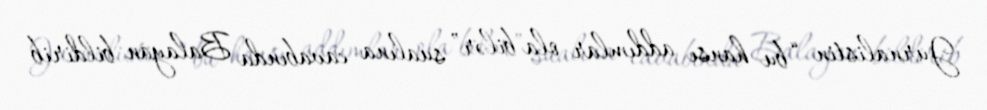
Jurnalistin “bu hansı addımlar ola bilər” sualına cavabında Balayan bildirib